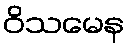
ဝိသမေန